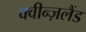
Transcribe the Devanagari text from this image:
क्वीन्ज़लैंड